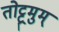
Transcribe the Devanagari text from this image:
तोट्ट्रमुम्